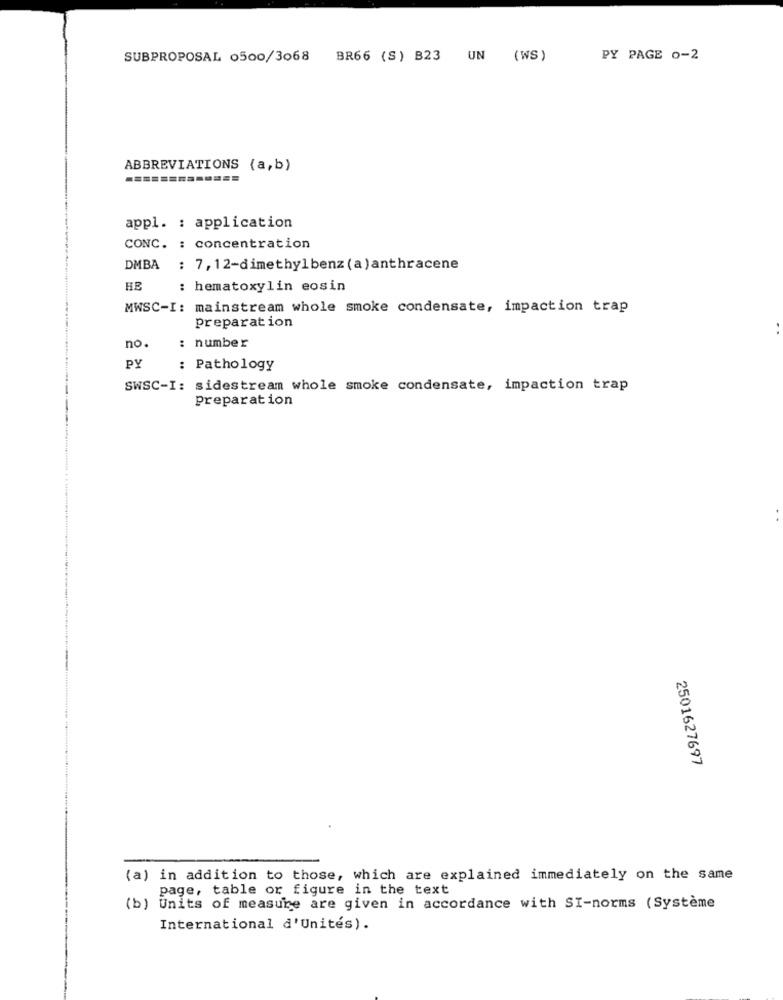
SUBPROPOSAL 0500/3068
BR66 (S) B23 UN (WS)
PY PAGE 0-2
ABBREVIATIONS (a,b)
appl. : application
CONC. : concentration
DMBA : 7,12-dimethylbenz (a) anthracene
HE
: hematoxylin eosin
MWSC-I: mainstream whole smoke condensate, impaction trap
Preparation
. .
no.
number
PY
: Pathology
SWSC-I: sidestream whole smoke condensate, impaction trap
Preparation
2501627697
(a) in addition to those, which are explained immediately on the same
page, table or figure in the text
(b) Units of measure are given in accordance with SI-norms (Système
International d'Unités).